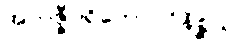
အလဇ္ဇီပရိဘောဂဝိနိစ္ဆယ။